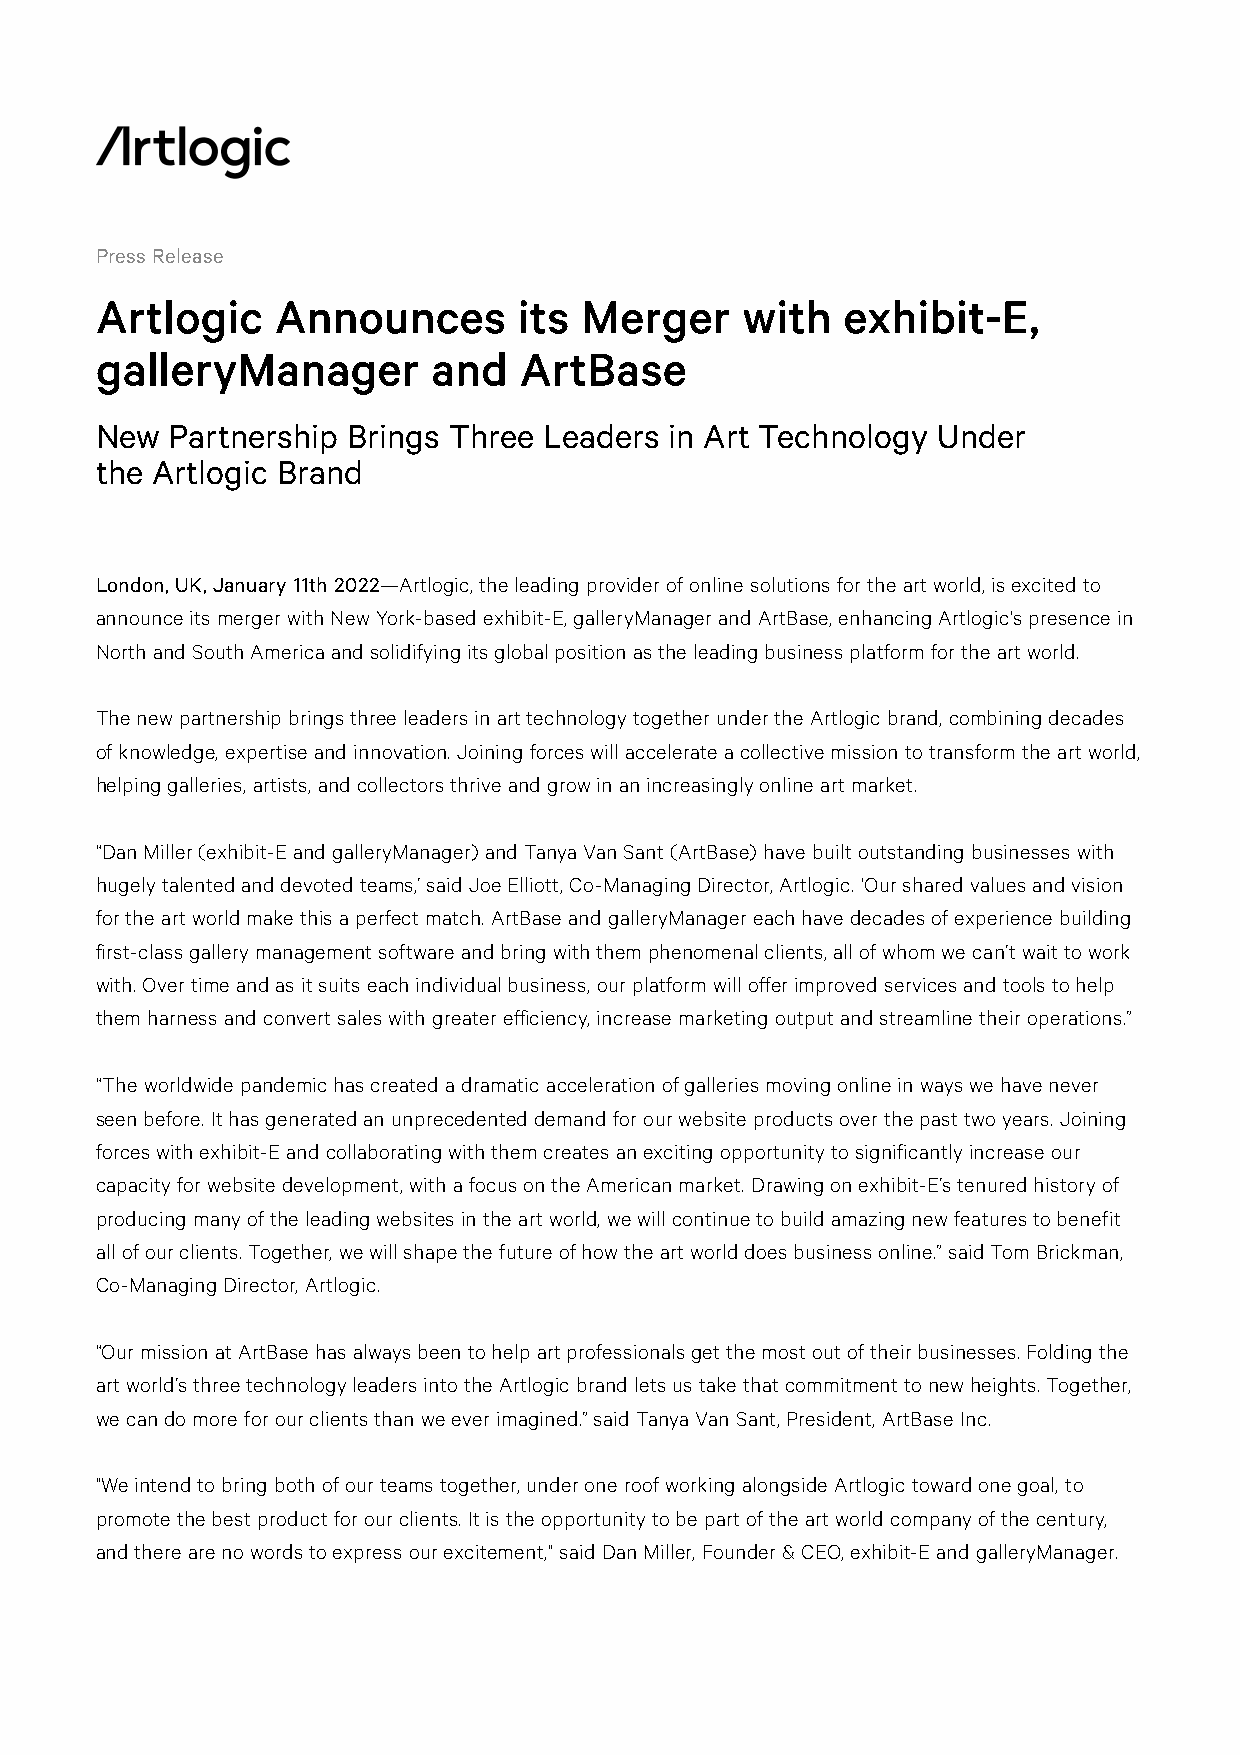
Press Release
 Artlogic    Announces       its Merger     with   exhibit-E,
 galleryManager         and  ArtBase
 New  Partnership Brings Three Leaders in Art Technology Under
 the Artlogic Brand
 London, UK, January 11th 2022—Artlogic, the leading provider of online solutions for the art world, is excited to
 announce its merger with New York-based exhibit-E, galleryManager and ArtBase, enhancing Artlogic's presence in
 North and South America and solidifying its global position as the leading business platform for the art world.
 The new partnership brings three leaders in art technology together under the Artlogic brand, combining decades
 of knowledge, expertise and innovation. Joining forces will accelerate a collective mission to transform the art world,
 helping galleries, artists, and collectors thrive and grow in an increasingly online art market.
 “Dan Miller (exhibit-E and galleryManager) and Tanya Van Sant (ArtBase) have built outstanding businesses with
 hugely talented and devoted teams,’ said Joe Elliott, Co-Managing Director, Artlogic. ‘Our shared values and vision
 for the art world make this a perfect match. ArtBase and galleryManager each have decades of experience building
 first-class gallery management software and bring with them phenomenal clients, all of whom we can’t wait to work
 with. Over time and as it suits each individual business, our platform will offer improved services and tools to help
 them harness and convert sales with greater efficiency, increase marketing output and streamline their operations.”
 “The worldwide pandemic has created a dramatic acceleration of galleries moving online in ways we have never
 seen before. It has generated an unprecedented demand for our website products over the past two years. Joining
 forces with exhibit-E and collaborating with them creates an exciting opportunity to significantly increase our
 capacity for website development, with a focus on the American market. Drawing on exhibit-E’s tenured history of
 producing many of the leading websites in the art world, we will continue to build amazing new features to benefit
 all of our clients. Together, we will shape the future of how the art world does business online.” said Tom Brickman,
 Co-Managing Director, Artlogic.
 “Our mission at ArtBase has always been to help art professionals get the most out of their businesses. Folding the
 art world’s three technology leaders into the Artlogic brand lets us take that commitment to new heights. Together,
 we can do more for our clients than we ever imagined.” said Tanya Van Sant, President, ArtBase Inc.
 "We intend to bring both of our teams together, under one roof working alongside Artlogic toward one goal, to
 promote the best product for our clients. It is the opportunity to be part of the art world company of the century,
 and there are no words to express our excitement," said Dan Miller, Founder & CEO, exhibit-E and galleryManager.